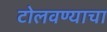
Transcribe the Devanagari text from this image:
टोलवण्याचा